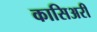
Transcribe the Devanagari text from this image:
कासिअरी